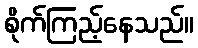
စိုက်ကြည့်နေသည်။